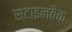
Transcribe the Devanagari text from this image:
स्टाइनबैक